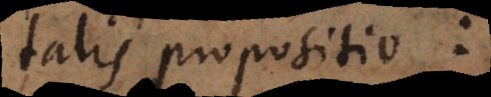
talis propositio: